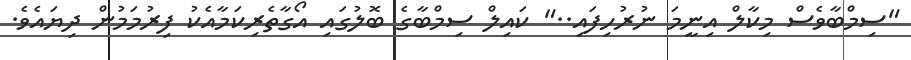
"ސިމްބާވެސް މިކާލް އިނީމަ ނުރުހިފައި.." ކައިލް ސިމްބާގެ ބޮލުގައި އޯގާތެރިކަމާއެކު ފިރުމަމުން ދިޔައެވެ.